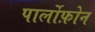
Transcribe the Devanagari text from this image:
पार्लोफ़ोन